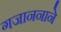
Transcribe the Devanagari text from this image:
गजाननाने